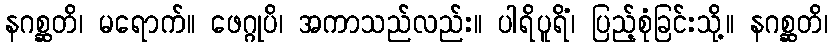
နဂစ္ဆတိ၊ မရောက်။ ဖေဂ္ဂုပိ၊ အကာသည်လည်း။ ပါရိပူရိံ၊ ပြည့်စုံခြင်းသို့။ နဂစ္ဆတိ၊